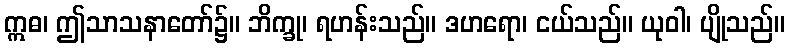
ဣဓ၊ ဤသာသနာတော်၌။ ဘိက္ခု၊ ရဟန်းသည်။ ဒဟရော၊ ငယ်သည်။ ယုဝါ၊ ပျိုသည်။